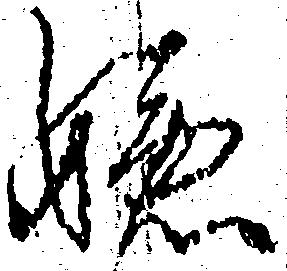
嫌